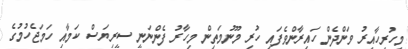
މިހުރިހާއިރު ވަންދެން ހައިރާންވެފައި ހުރި މޫނުމަތިން މިހާރު ފެންނަނީ ސީރިޔަސް ކަމާއި ހަމަޖެހުމުގެ